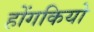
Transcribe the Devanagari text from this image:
होंगकियो